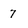
Character: 7